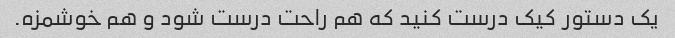
یک دستور کیک درست کنید که هم راحت درست شود و هم خوشمزه.